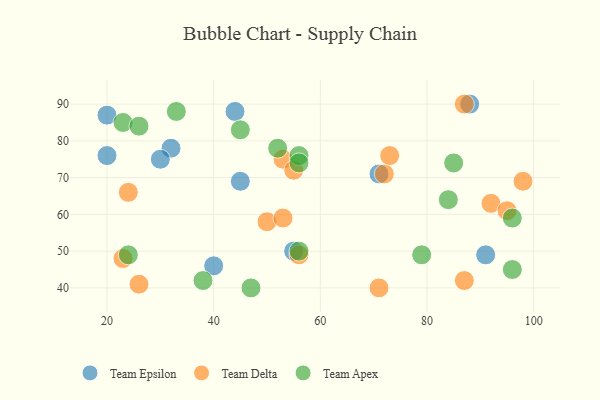
{"axis": {"x": "GDP", "y": "Life Expectancy"}, "legend": ["Team Apex", "Team Delta", "Team Epsilon"], "data": [{"x": "55", "y": 50, "type": "Team Epsilon"}, {"x": "45", "y": 69, "type": "Team Epsilon"}, {"x": "20", "y": 76, "type": "Team Epsilon"}, {"x": "91", "y": 49, "type": "Team Epsilon"}, {"x": "88", "y": 90, "type": "Team Epsilon"}, {"x": "20", "y": 87, "type": "Team Epsilon"}, {"x": "32", "y": 78, "type": "Team Epsilon"}, {"x": "71", "y": 71, "type": "Team Epsilon"}, {"x": "30", "y": 75, "type": "Team Epsilon"}, {"x": "40", "y": 46, "type": "Team Epsilon"}, {"x": "44", "y": 88, "type": "Team Epsilon"}, {"x": "50", "y": 58, "type": "Team Delta"}, {"x": "23", "y": 48, "type": "Team Delta"}, {"x": "24", "y": 66, "type": "Team Delta"}, {"x": "92", "y": 63, "type": "Team Delta"}, {"x": "87", "y": 42, "type": "Team Delta"}, {"x": "72", "y": 71, "type": "Team Delta"}, {"x": "26", "y": 41, "type": "Team Delta"}, {"x": "95", "y": 61, "type": "Team Delta"}, {"x": "53", "y": 75, "type": "Team Delta"}, {"x": "53", "y": 59, "type": "Team Delta"}, {"x": "71", "y": 40, "type": "Team Delta"}, {"x": "56", "y": 49, "type": "Team Delta"}, {"x": "55", "y": 72, "type": "Team Delta"}, {"x": "73", "y": 76, "type": "Team Delta"}, {"x": "87", "y": 90, "type": "Team Delta"}, {"x": "98", "y": 69, "type": "Team Delta"}, {"x": "56", "y": 76, "type": "Team Apex"}, {"x": "56", "y": 74, "type": "Team Apex"}, {"x": "96", "y": 59, "type": "Team Apex"}, {"x": "45", "y": 83, "type": "Team Apex"}, {"x": "23", "y": 85, "type": "Team Apex"}, {"x": "85", "y": 74, "type": "Team Apex"}, {"x": "52", "y": 78, "type": "Team Apex"}, {"x": "84", "y": 64, "type": "Team Apex"}, {"x": "38", "y": 42, "type": "Team Apex"}, {"x": "79", "y": 49, "type": "Team Apex"}, {"x": "26", "y": 84, "type": "Team Apex"}, {"x": "24", "y": 49, "type": "Team Apex"}, {"x": "96", "y": 45, "type": "Team Apex"}, {"x": "47", "y": 40, "type": "Team Apex"}, {"x": "56", "y": 50, "type": "Team Apex"}, {"x": "33", "y": 88, "type": "Team Apex"}]}